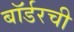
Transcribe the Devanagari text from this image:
बॉर्डरची